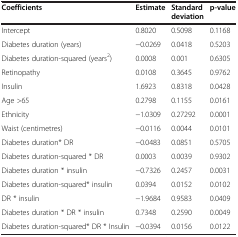
| Coefficients | Estimate | Standard deviation | p-value |
 | --- | --- | --- | --- |
 | Intercept | 0.8020 | 0.5098 | 0.1168 |
 | Diabetes duration (years) | −0.0269 | 0.0418 | 0.5203 |
 | Diabetes duration-squared (years2) | 0.0008 | 0.001 | 0.6305 |
 | Retinopathy | 0.0108 | 0.3645 | 0.9762 |
 | Insulin | 1.6923 | 0.8318 | 0.0428 |
 | Age >65 | 0.2798 | 0.1155 | 0.0161 |
 | Ethnicity | −1.0309 | 0.27292 | 0.0001 |
 | Waist (centimetres) | −0.0116 | 0.0044 | 0.0101 |
 | Diabetes duration* DR | −0.0483 | 0.0851 | 0.5705 |
 | Diabetes duration-squared * DR | 0.0003 | 0.0039 | 0.9302 |
 | Diabetes duration * insulin | −0.7326 | 0.2457 | 0.0031 |
 | Diabetes duration-squared* insulin | 0.0394 | 0.0152 | 0.0102 |
 | DR * insulin | −1.9684 | 0.9583 | 0.0409 |
 | Diabetes duration * DR * insulin | 0.7348 | 0.2590 | 0.0049 |
 | Diabetes duration-squared* DR * Insulin | −0.0394 | 0.0156 | 0.0122 |